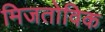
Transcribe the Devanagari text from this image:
मिजतोविक